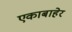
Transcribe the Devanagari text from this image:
एकाबाहेर